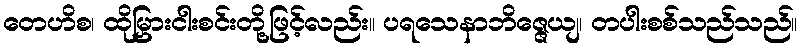
တေဟိစ၊ ထိုမြှားငါးစင်းတို့ဖြင့်လည်း။ ပရသေနာဘိဇ္ဇေယျ၊ တပါးစစ်သည်သည်။